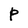
Character: P